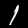
Digit: 1